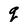
Character: q